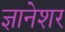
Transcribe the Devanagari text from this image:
ज्ञानेशर